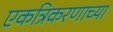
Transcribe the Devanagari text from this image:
एकत्रिकरणाच्या